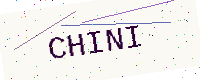
Text: CHINI